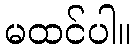
မထင်ပါ။